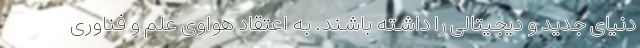
دنیای جدید و دیجیتالی را داشته باشند. به اعتقاد هواوی علم و فناوری